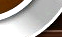
عدالة